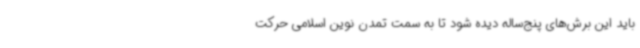
باید این برش‌های پنج‌ساله دیده شود تا به سمت تمدن نوین اسلامی حرکت